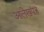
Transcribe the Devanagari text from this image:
आलेखपत्र